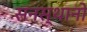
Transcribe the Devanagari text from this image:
सनस्थानो